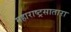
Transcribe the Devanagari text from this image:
महाराष्ट्रसातारा